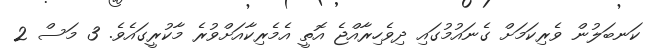
ކަނބަލުން ވެރިކަމަށް ގެނައުމުގައި ދިވެހިރާއްޖެ އޮތީ އެމެރިކާއަށްވުރެ މާކުރީގައެވެ. 3 މަސް 2